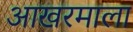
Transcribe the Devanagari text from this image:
आखरमाला